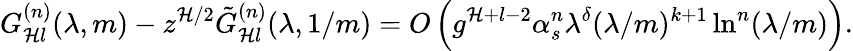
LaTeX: G_{\mathcal{H}l}^{(n)}(\lambda,m)-z^{\mathcal{H}/2}\tilde{{G}}_{\mathcal{H}l}^{(n)}(\lambda,1/m)=O\left(g^{\mathcal{H}+l-2}\alpha_{s}^{n}\lambda^{\delta}(\lambda/m)^{k+1}\ln^{n}(\lambda/m)\right).